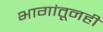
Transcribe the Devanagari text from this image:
भागांतूनही